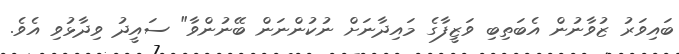
ބައިވަރު ޒުވާނުން އެބަތިބި ވަޒީފާގެ މައިދާނަށް ނުކުންނަން ބޭނުންވާ" ސައީދު ވިދާޅުވި އެވެ.